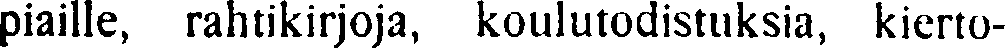
piaille, rahtikirjoja, koulutodistuksia, kierto-